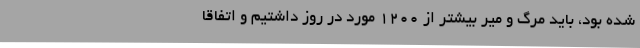
شده بود، باید مرگ و میر بیشتر از ۱۲۰۰ مورد در روز داشتیم و اتفاقا